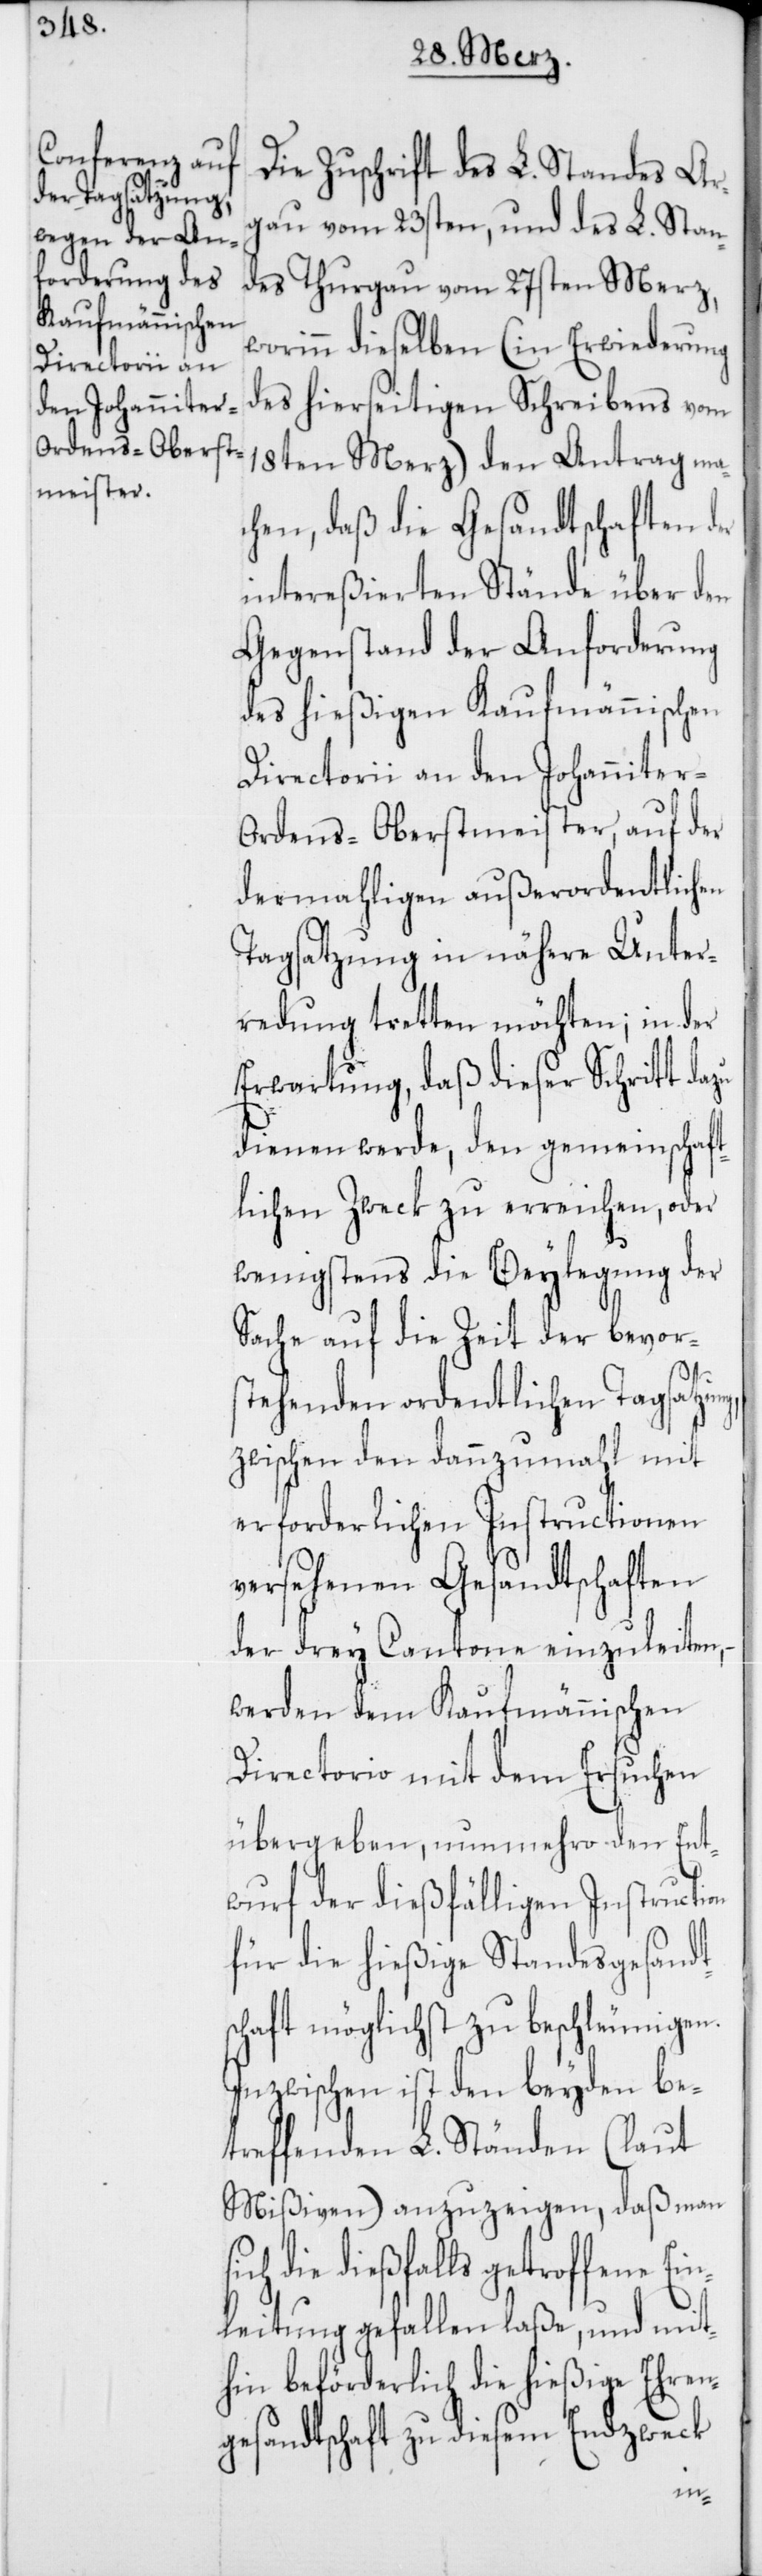
Die Zuschrift des L. Standes Ar¬
gau vom 23sten, und des L. Stan¬
des Thurgau vom 27sten Merz,
worinn dieselben (in Erwiederung
des hierseitigen Schreibens vom
18ten Merz) den Antrag ma¬
chen, daß die Gesandtschaften d¬
intereßierten Stände über den
Gegenstand der Anforderung
des hießigen Kaufmännischen
Directorii an den Johanniter-O¬
rdens-Oberstmeister, auf der
dermahligen außerordentlichen
Tagsatzung in nähere Unter¬
redung tretten möchten; in der
Erwartung, daß dieser Schritt dazu
dienen werde, den gemeinschaft¬
lichen Zweck zu erreichen, oder
wenigstens die Beylegung der
Sache auf die Zeit der bevor¬
stehenden ordentlichen Tagsatzu¬
zwischen den dannzumahl mit
erforderlichen Instructionen
versehenen Gesandtschaften
der drey Cantone einzuleiten,
werden dem Kaufmännischen
Directorio mit dem Ersuchen
übergeben, nunmehro den Ent¬
wurf der dießfälligen Instruction
für die hießige Standesgesandt¬
schaft möglichst zu beschleunigen.
Inzwischen ist den beyden be¬
treffenden L. Ständen (laut
Mißiven) anzuzeigen, daß man
ich die dießfalls getroffene Ein¬
leitung gefallen laße, und mit¬
hin beförderlich die hießige Ehren¬
gesandtschaft zu diesem Endzweck
s¬